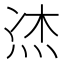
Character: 𤈀